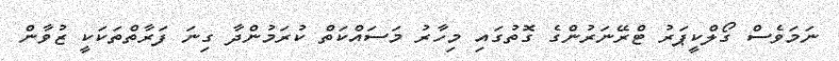
ނަމަވެސް ގޯލްކީޕަރު ޓްރޭނަރުންގެ ގޮތުގައި މިހާރު މަސައްކަތް ކުރަމުންދާ ގިނަ ފަރާތްތަކަކީ ޒުވާން